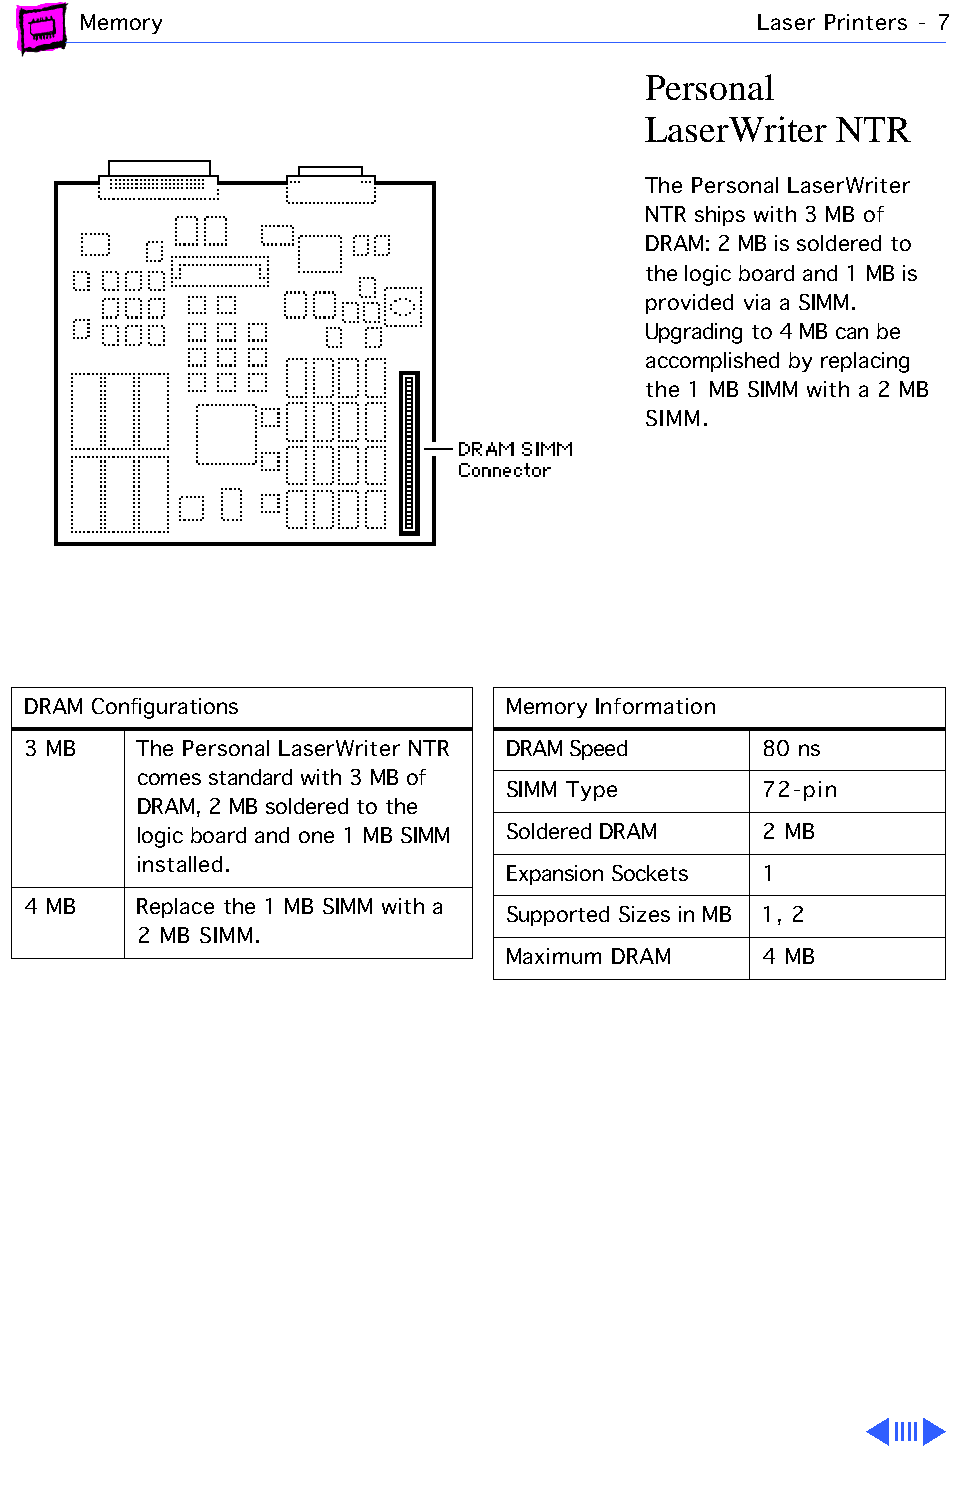
Memory                                       Laser Printers - 7
 Personal
 LaserWriter  NTR
 The Personal LaserWriter
 NTR ships with 3 MB of
 DRAM: 2 MB is soldered to
 the logic board and 1 MB is
 provided via a SIMM.
 Upgrading to 4 MB can be
 accomplished by replacing
 the 1 MB SIMM with a 2 MB
 SIMM.
 DRAM Configurations             Memory Information
 3 MB    The Personal LaserWriter NTR DRAM Speed  80 ns
 comes standard with 3 MB of
 SIMM Type        72-pin
 DRAM, 2 MB soldered to the
 logic board and one 1 MB SIMM Soldered DRAM 2 MB
 installed.
 Expansion Sockets 1
 4 MB    Replace the 1 MB SIMM with a
 Supported Sizes in MB 1, 2
 2 MB SIMM.
 Maximum DRAM     4 MB